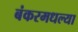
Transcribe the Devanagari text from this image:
बंकरमधल्या